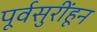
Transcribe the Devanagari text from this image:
पूर्वसुरींहून